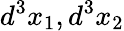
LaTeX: d^{3}x_{1},d^{3}x_{2}